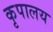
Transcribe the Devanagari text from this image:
कृपालय